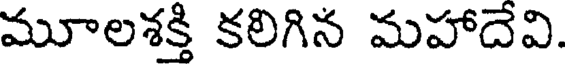
మూలశక్తి కలిగిన మహాదేవి.